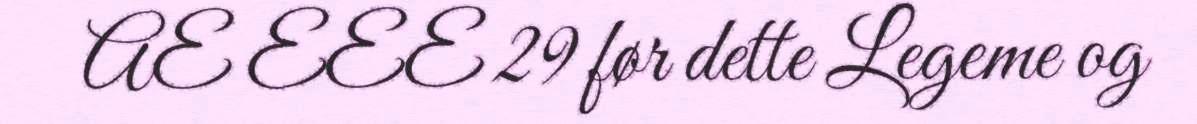
AE EEE 29 før dette Legeme og